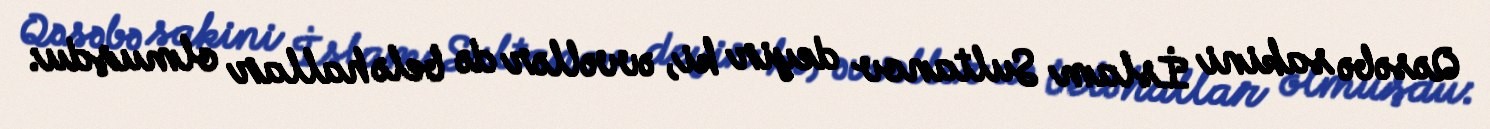
Qəsəbə sakini İslam Sultanov deyir ki, əvvəllər də belə hallar olmuşdu: